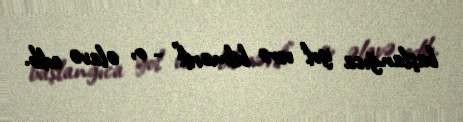
başlanğıca yol verə bilmərik" - o, əlavə edib.